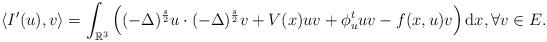
LaTeX: \begin{align*} \langle I'(u),v\rangle=\int_{{\mathbb{R}}^3}\Big((-\Delta)^{\frac{s}{2}}u \cdot (-\Delta)^{\frac{s}{2}} v+V(x)uv+\phi_u^{t} uv-f(x,u)v\Big)\,\mathrm{d}x,\forall v\in E.\end{align*}